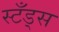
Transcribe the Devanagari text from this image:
स्टँड्स